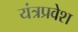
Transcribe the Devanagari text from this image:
यंत्रप्रवेश